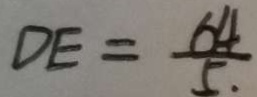
D E = \frac { 6 4 } { 5 . }